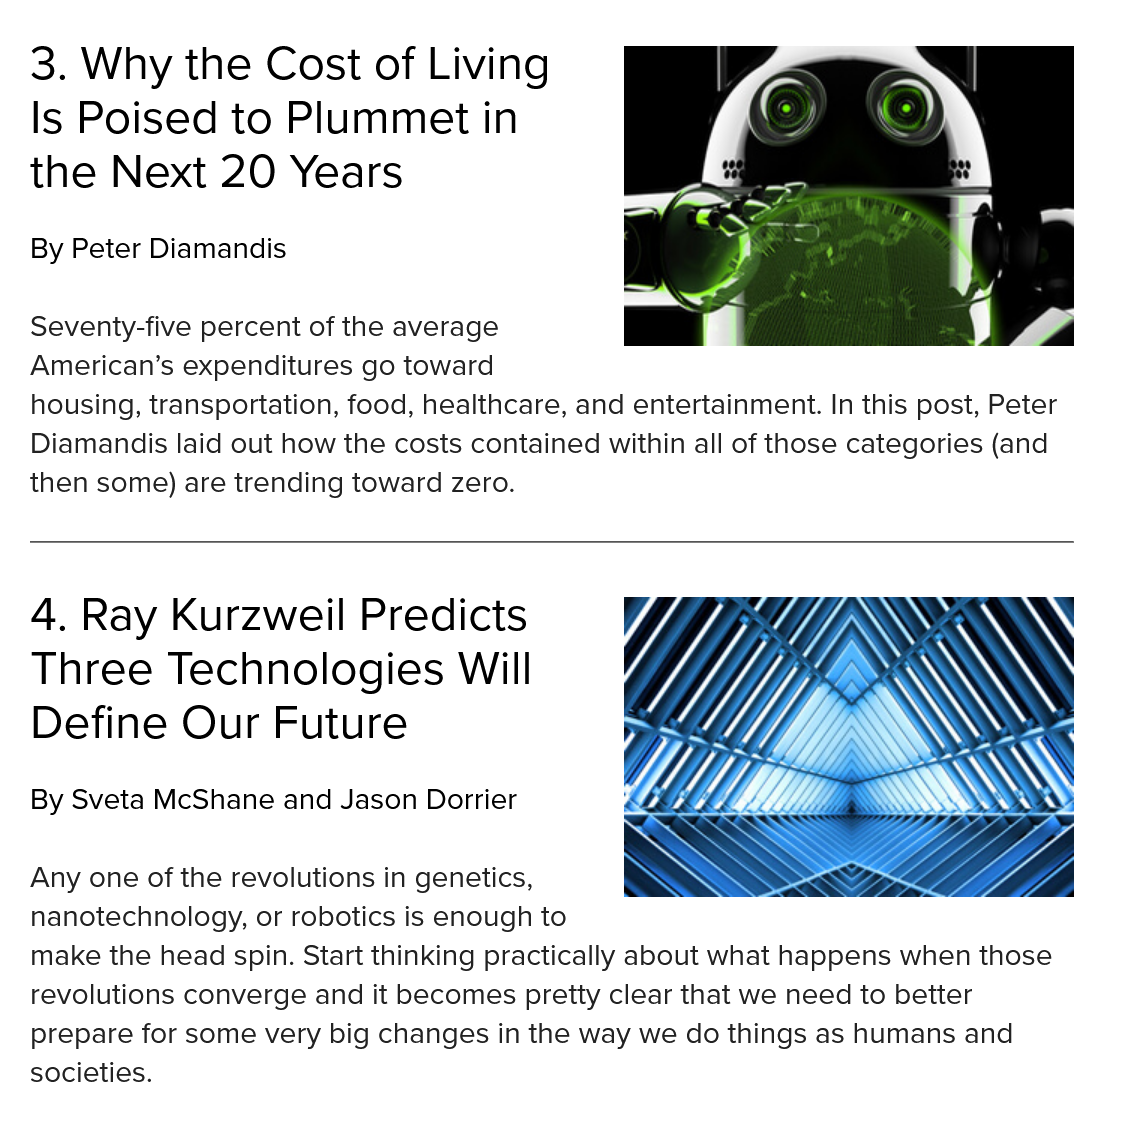
3. Why    the   Cost    of  Living
   Is Poised    to  Plummet    in
   the   Next   20   Years
   4. Ray    Kurzweil    Predicts
   Three    Technologies    Will
   Define    Our    Future
   By Peter Diamandis
   By Sveta McShane and Jason  Dorrier
   make the head spin. Start thinking practically about what happens when those
   revolutions converge and it becomes pretty clear that we need to better
   prepare for some very big changes in the way we do things as humans and
   societies.
   Any one of the revolutions in genetics,
   nanotechnology, or robotics is enough to
   Seventy-five percent of the average
   American’s expenditures go toward
   housing, transportation, food, healthcare, and entertainment. In this post, Peter
   Diamandis laid out how the costs contained within all of those categories (and
   then some) are trending toward zero.